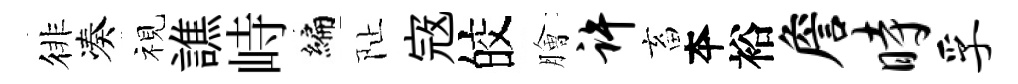
徘凑视譙峙编阯𡨥皎膾许畜夲裕詹时孚